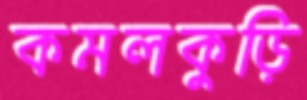
কমলকুড়ি